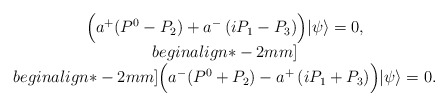
\begin{align*}\begin{array}{c} \Bigl(a^{+}(P^{0}-P_{2})+a^{-}\left( iP_{1}-P_{3} \right)\Bigr) |\psi\rangle = 0, \\begin{align*}-2mm]\\begin{align*}-2mm] \Bigl(a^{-}(P^{0}+P_{2})-a^{+}\left( iP_{1}+P_{3} \right) \Bigr) |\psi\rangle = 0.\end{array}\end{align*}